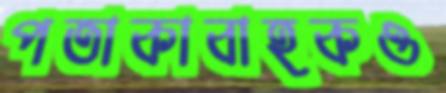
পতাকাবাহকও